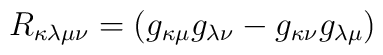
R_{\kappa\lambda\mu\nu}=(g_{\kappa\mu}g_{\lambda\nu}-g_{\kappa\nu}g_{\lambda\mu})